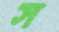
স